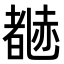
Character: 𬦃